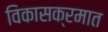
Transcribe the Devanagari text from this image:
विकासक्रमात